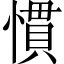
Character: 慣